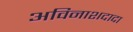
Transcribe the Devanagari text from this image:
अविनाशदादा